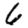
Digit: 6